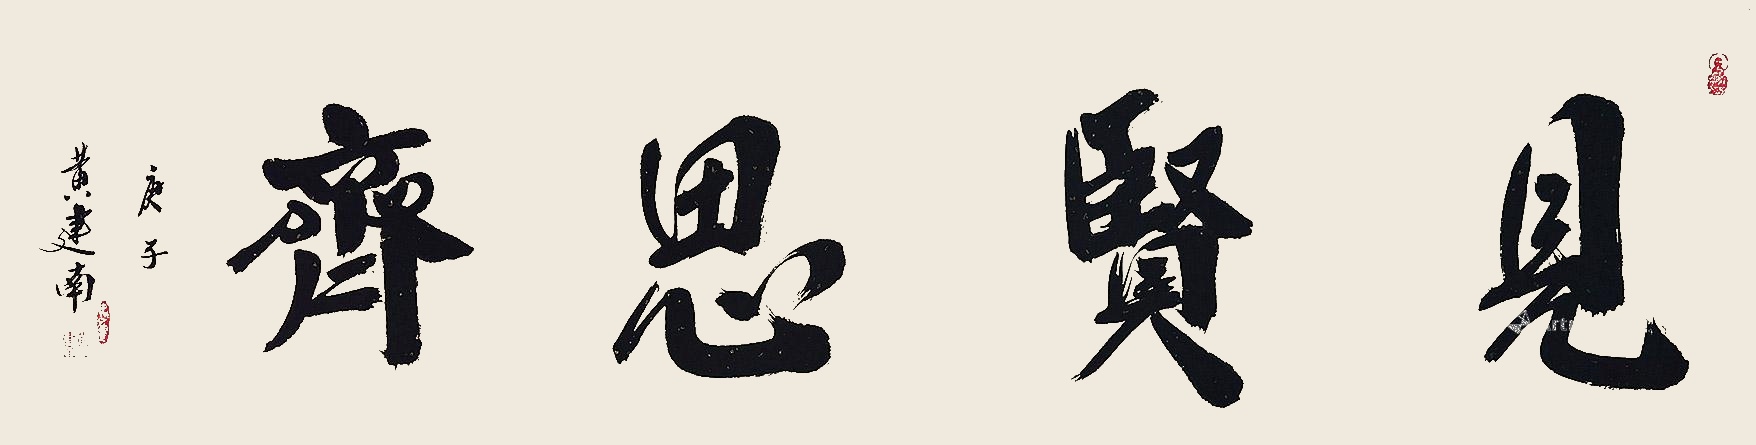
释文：见贤思齐庚子年黄建南